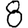
Digit: 8